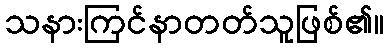
သနားကြင်နာတတ်သူဖြစ်၏။